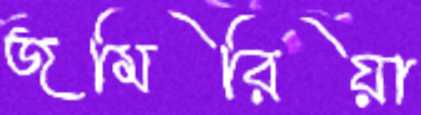
জমিরিয়া